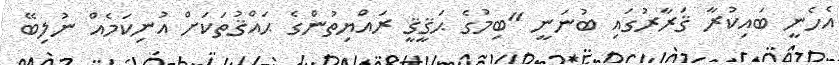
އެހެނީ ބައިކުރާ ޤަރާރުގައި ބުނަނީ "ބިމުގެ ޙަޤީޤީ ރައްޔިތުންގެ ޙައްޤުތަކަށް އުނިކަމެއް ނުލިބޭ